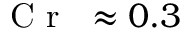
\mathrm { ~ \textit ~ { ~ C ~ r ~ } ~ } { } \approx 0 . 3